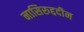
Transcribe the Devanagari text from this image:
नासिरुद्ददीन